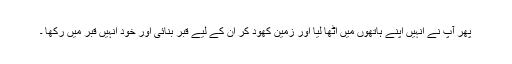
پھر آپ نے انہیں اپنے ہاتھوں میں اٹھا لیا اور زمین کھود کر ان کے لیے قبر بنائی اور خود انہیں قبر میں رکھا ۔